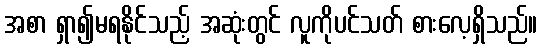
အစာ ရှာ၍မရနိုင်သည့် အဆုံးတွင် လူကိုပင်သတ် စားလေ့ရှိသည်။